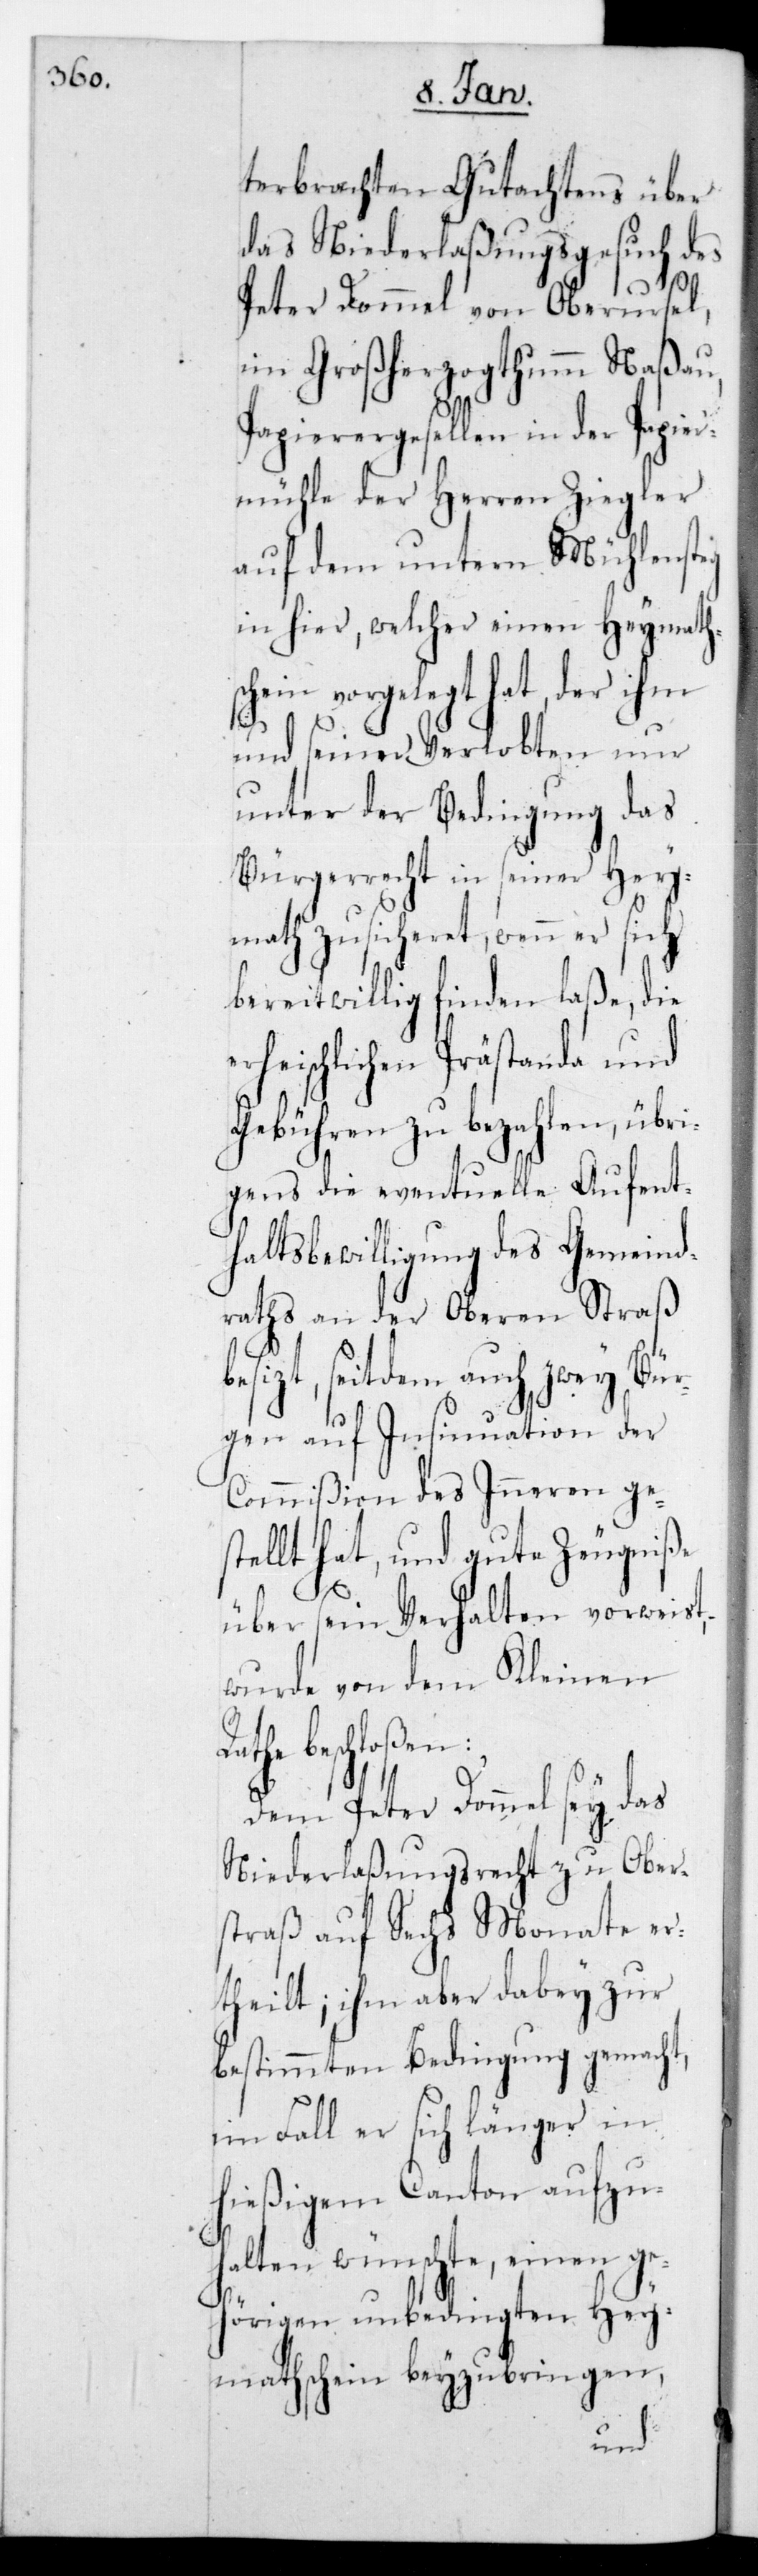
terbrachten Gutachtens über
das Niederlaßungsgesuch des
Peter Dommel von Oberursel,
im Großherzogthum Naßau,
Papierergesellen in der Papie¬
rmühle der Herren Ziegler
auf dem untern Mühlensteig
in hier, welcher einen Heymath¬
hein vorgelegt hat, der ihm
und seiner Verlobten nur
unter der Bedingung das
Bürgerrecht in seiner Hey¬
math zusicheret, wenn er sich
bereitwillig finden laße, die
rheischlichen Prästanda und
Gebühren zu bezahlen, übri¬
gens die eventuelle Aufent¬
haltsbewilligung des Gemeind¬
raths an der Oberen Straß
esitzt, seitdem auch zwey Bür¬
gen auf Insinuation der
Commißion des Inneren ge¬
stellt hat, und gute Zeugniße
Ra¬
über sein Verhalten vorweist,
wurde von dem Kleinen
the beschloßen:
Dem Peter Dommel sei das
Niederlaßungsrecht zu Ober¬
straß auf sechs Monate er¬
theilt; ihm aber dabey zur
bestimmten Bedingung gemacht,
im Fall er sich länger in
hießigem Canton aufzu¬
halten wünschte, einen ge¬
hörigen unbedingten Hey¬
mathschein beyzubringen,